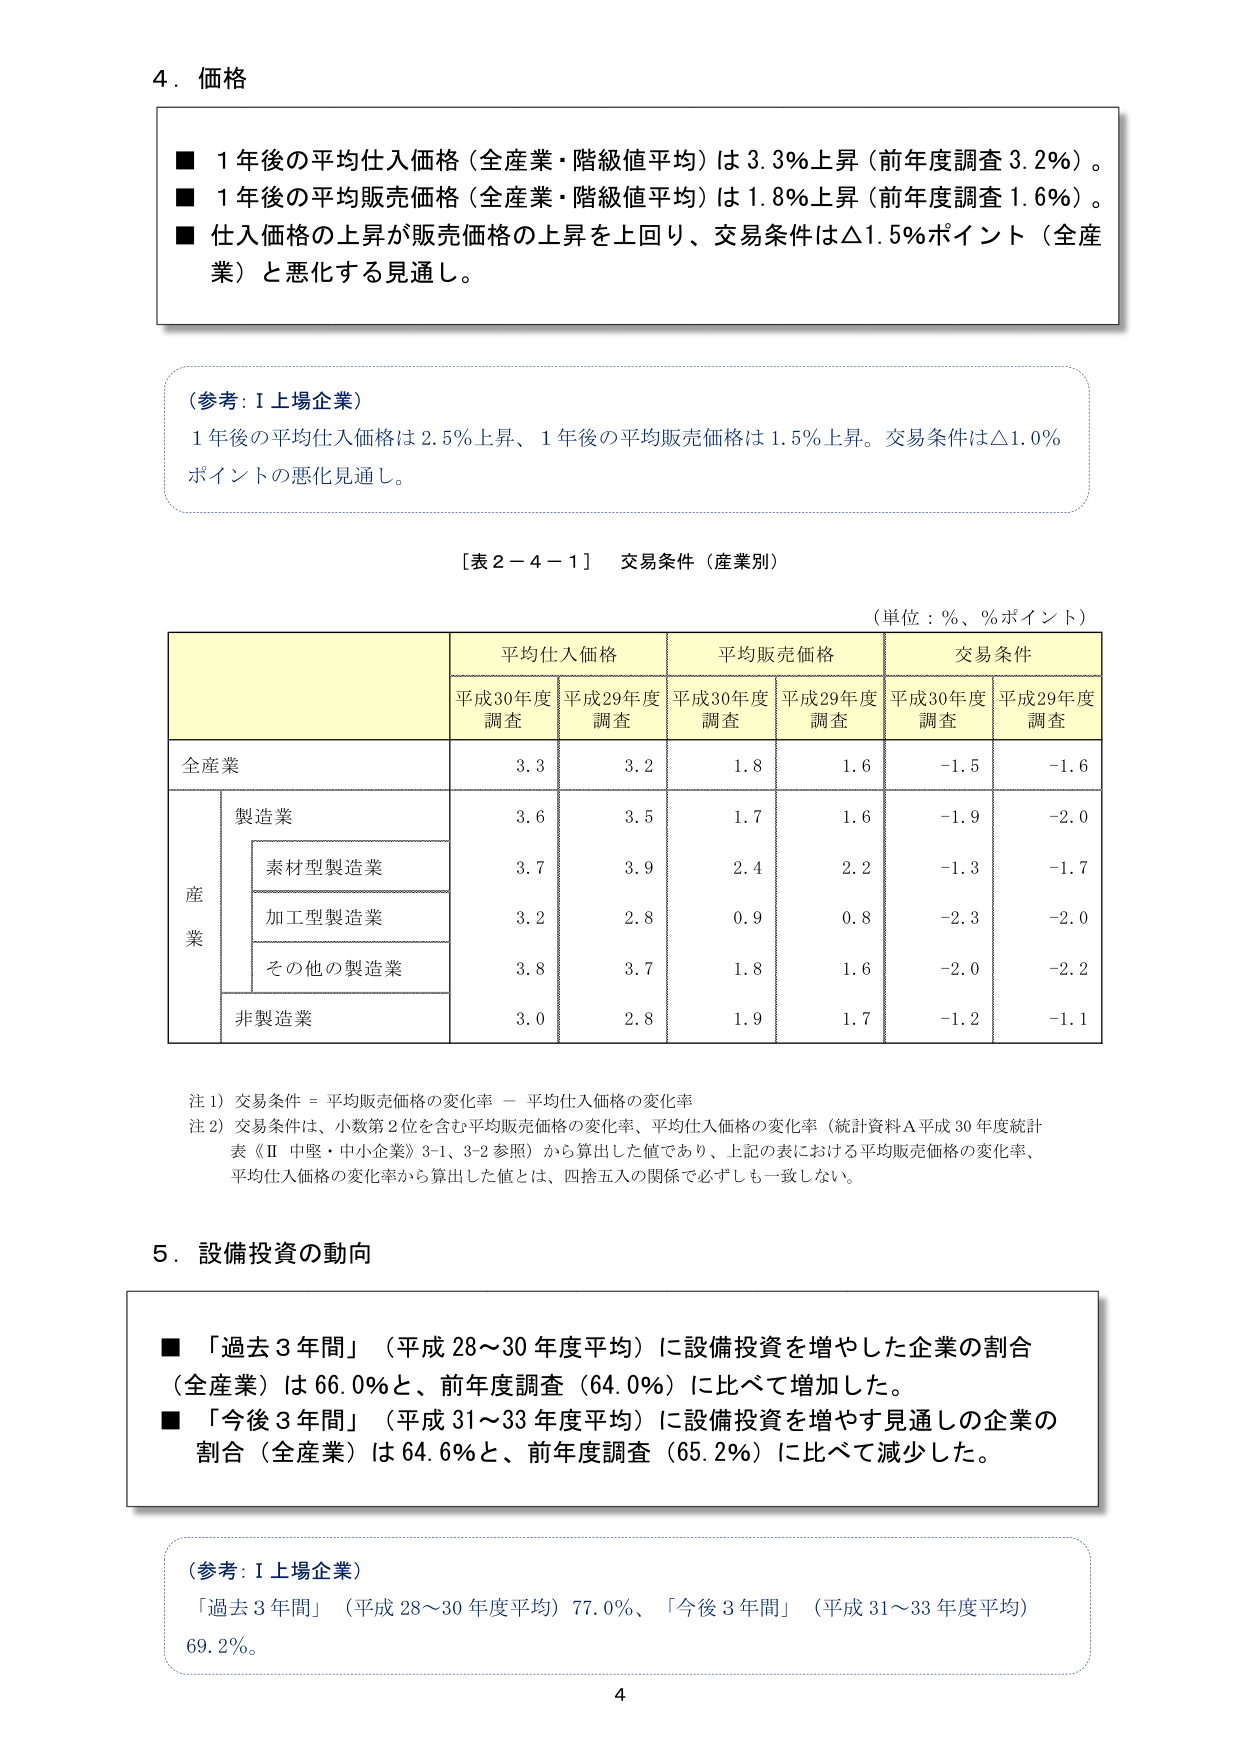
4．価格

■ 1年後の平均仕入価格（全産業・階級値平均）は3.3％上昇（前年度調査3.2％）。
■ 1年後の平均販売価格（全産業・階級値平均）は1.8％上昇（前年度調査1.6％）。
■ 仕入価格の上昇が販売価格の上昇を上回り、交易条件は△1.5％ポイント（全産業）と悪化する見通し。

（参考：Ⅰ上場企業）
1年後の平均仕入価格は2.5％上昇、1年後の平均販売価格は1.5％上昇。交易条件は△1.0％ポイントの悪化見通し。

［表2－4－1］ 交易条件（産業別）

（単位：％、％ポイント）

| | | 平均仕入価格 | | 平均販売価格 | | 交易条件 | |
|---|---|---|---|---|---|---|---|
| | | 平成30年度調査 | 平成29年度調査 | 平成30年度調査 | 平成29年度調査 | 平成30年度調査 | 平成29年度調査 |
| 全産業 | | 3.3 | 3.2 | 1.8 | 1.6 | -1.5 | -1.6 |
| | 製造業 | | | | | | |
| | | 素材型製造業 | | 3.7 | 3.9 | 2.4 | 2.2 | -1.3 | -1.7 |
| | | 加工型製造業 | | 3.2 | 2.8 | 0.9 | 0.8 | -2.3 | -2.0 |
| | | その他の製造業 | | 3.8 | 3.7 | 1.8 | 1.6 | -2.0 | -2.2 |
| | 非製造業 | | 3.0 | 2.8 | 1.9 | 1.7 | -1.2 | -1.1 |

注1）交易条件＝平均販売価格の変化率－平均仕入価格の変化率
注2）交易条件は、小数第2位を含む平均販売価格の変化率、平均仕入価格の変化率（統計資料A平成30年度統計表《Ⅱ 中堅・中小企業》3-1、3-2参照）から算出した値であり、上記の表における平均販売価格の変化率、平均仕入価格の変化率から算出した値とは、四捨五入の関係で必ずしも一致しない。

5．設備投資の動向

■ 「過去3年間」（平成28～30年度平均）に設備投資を増やした企業の割合（全産業）は66.0％と、前年度調査（64.0％）に比べて増加した。
■ 「今後3年間」（平成31～33年度平均）に設備投資を増やす見通しの企業の割合（全産業）は64.6％と、前年度調査（65.2％）に比べて減少した。

（参考：Ⅰ上場企業）
「過去3年間」（平成28～30年度平均）77.0％、「今後3年間」（平成31～33年度平均）69.2％。

4